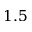
1 . 5